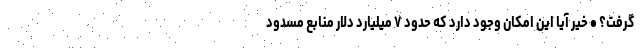
گرفت؟ • خیر آیا این امکان وجود دارد که حدود ۷ میلیارد دلار منابع مسدود